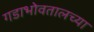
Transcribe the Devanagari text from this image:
गडाभोवतालच्या